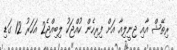
ރިތޭޝް އާއި ޖިނީލިއާ އަށް ފިރިހެން ކުއްޖަކު ލިބިއްޖެ2 އަހަރު 12 ގަޑި